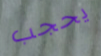
يحجب